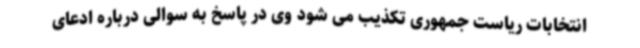
انتخابات ریاست‌ جمهوری تکذیب می شود وی در پاسخ به سوالی درباره ادعای